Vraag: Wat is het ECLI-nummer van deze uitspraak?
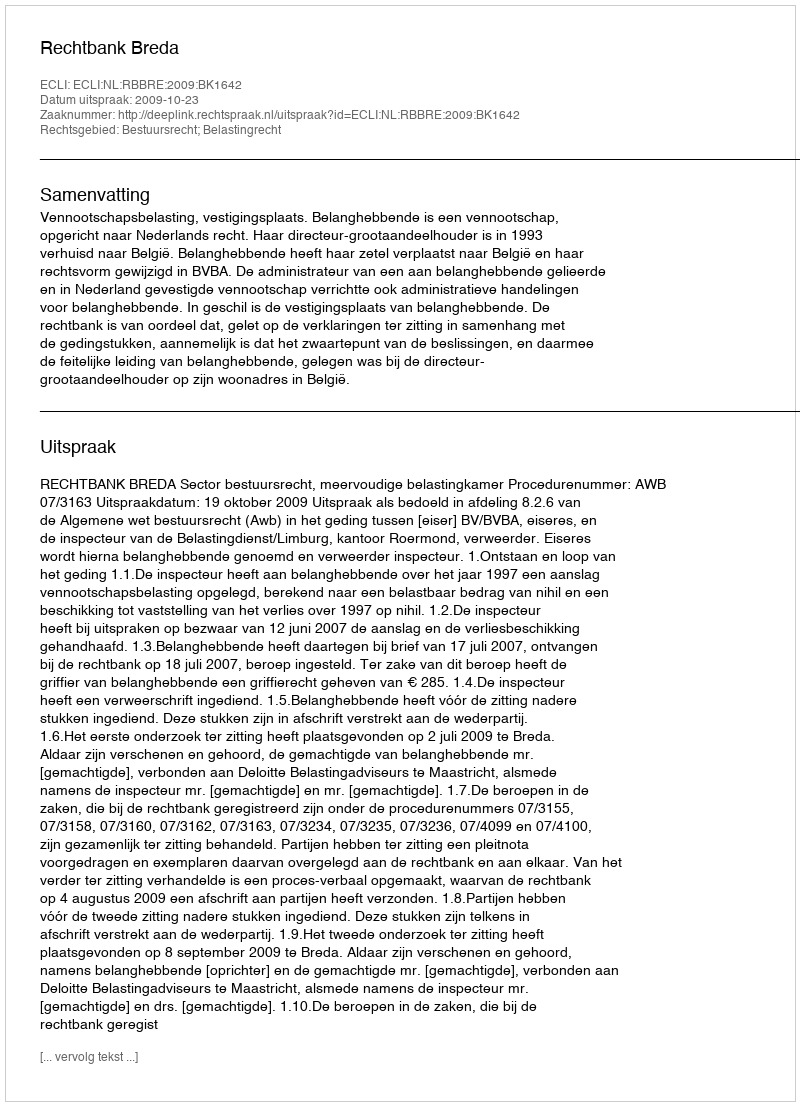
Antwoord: ECLI:NL:RBBRE:2009:BK1642